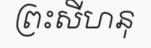
ព្រះសីហនុ